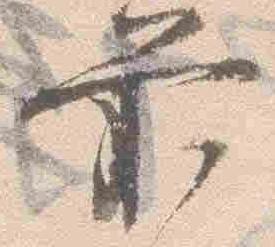
前